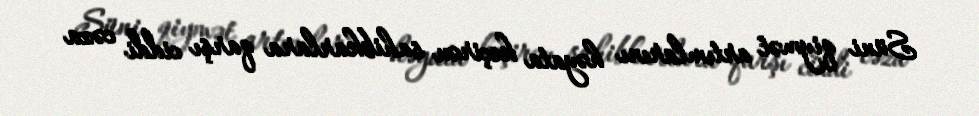
Süni qiymət artımlarını həyata keçirən sahibkarlara qarşı ciddi cəza